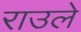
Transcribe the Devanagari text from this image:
राउले